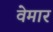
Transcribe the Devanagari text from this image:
वेमार